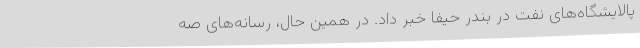
پالایشگاه‌های نفت در بندر حیفا خبر داد. در همین حال، رسانه‌های صه